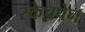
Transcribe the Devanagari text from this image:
स्केचपेन